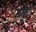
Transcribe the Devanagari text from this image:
समुद्द